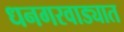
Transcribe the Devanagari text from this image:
धनगरवाड्यात